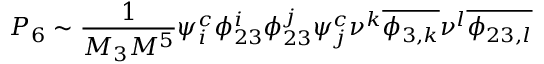
P _ { 6 } \sim \frac { 1 } { M _ { 3 } M ^ { 5 } } \psi _ { i } ^ { c } \phi _ { 2 3 } ^ { i } \phi _ { 2 3 } ^ { j } \psi _ { j } ^ { c } \nu ^ { k } \overline { { { \phi _ { 3 , k } } } } \nu ^ { l } \overline { { { \phi _ { 2 3 , l } } } }